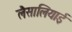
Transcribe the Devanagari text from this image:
लैसालियाई